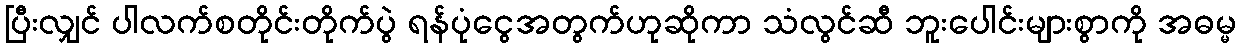
ပြီးလျှင် ပါလက်စတိုင်းတိုက်ပွဲ ရန်ပုံငွေအတွက်ဟုဆိုကာ သံလွင်ဆီ ဘူးပေါင်းများစွာကို အဓမ္မ